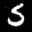
Label: 5